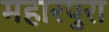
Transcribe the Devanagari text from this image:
महारपुरा